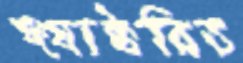
ফ্যাক্টরিত